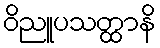
ဝိညူပသတ္ထာနိ